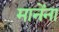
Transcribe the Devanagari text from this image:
मानेंना